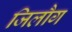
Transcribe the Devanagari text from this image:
जिलौग